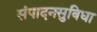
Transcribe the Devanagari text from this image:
संपादनसुविधा